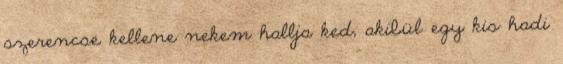
szerencse kellene nekem hallja ked, akibül egy kis hadi